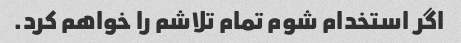
اگر استخدام شوم تمام تلاشم را خواهم کرد.